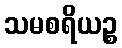
သမစရိယဉ္စ